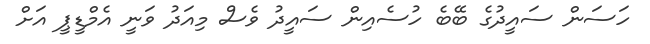
ހަސަން ސައީދުގެ ބޭބެ ހުސެއިން ސައީދު ވެސް މިއަދު ވަނީ އެމްޑީޕީ އަށް